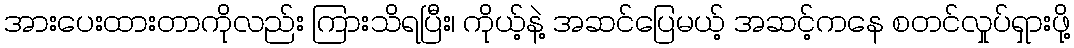
အားပေးထားတာကိုလည်း ကြားသိရပြီး၊ ကိုယ့်နဲ့ အဆင်ပြေမယ့် အဆင့်ကနေ စတင်လှုပ်ရှားဖို့